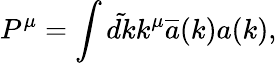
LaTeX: P^{\mu}=\int\tilde{dk}k^{\mu}\overline{{{a}}}(k)a(k),